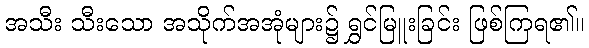
အသီး သီးသော အသိုက်အအုံများ၌ ရွှင်မြူးခြင်း ဖြစ်ကြရ၏။